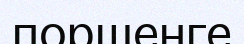
поршенге